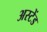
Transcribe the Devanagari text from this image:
अस्टेंड